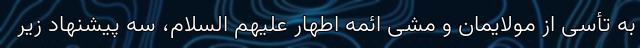
به تأسی از مولایمان و مشی ائمه اطهار علیهم السلام، سه پیشنهاد زیر